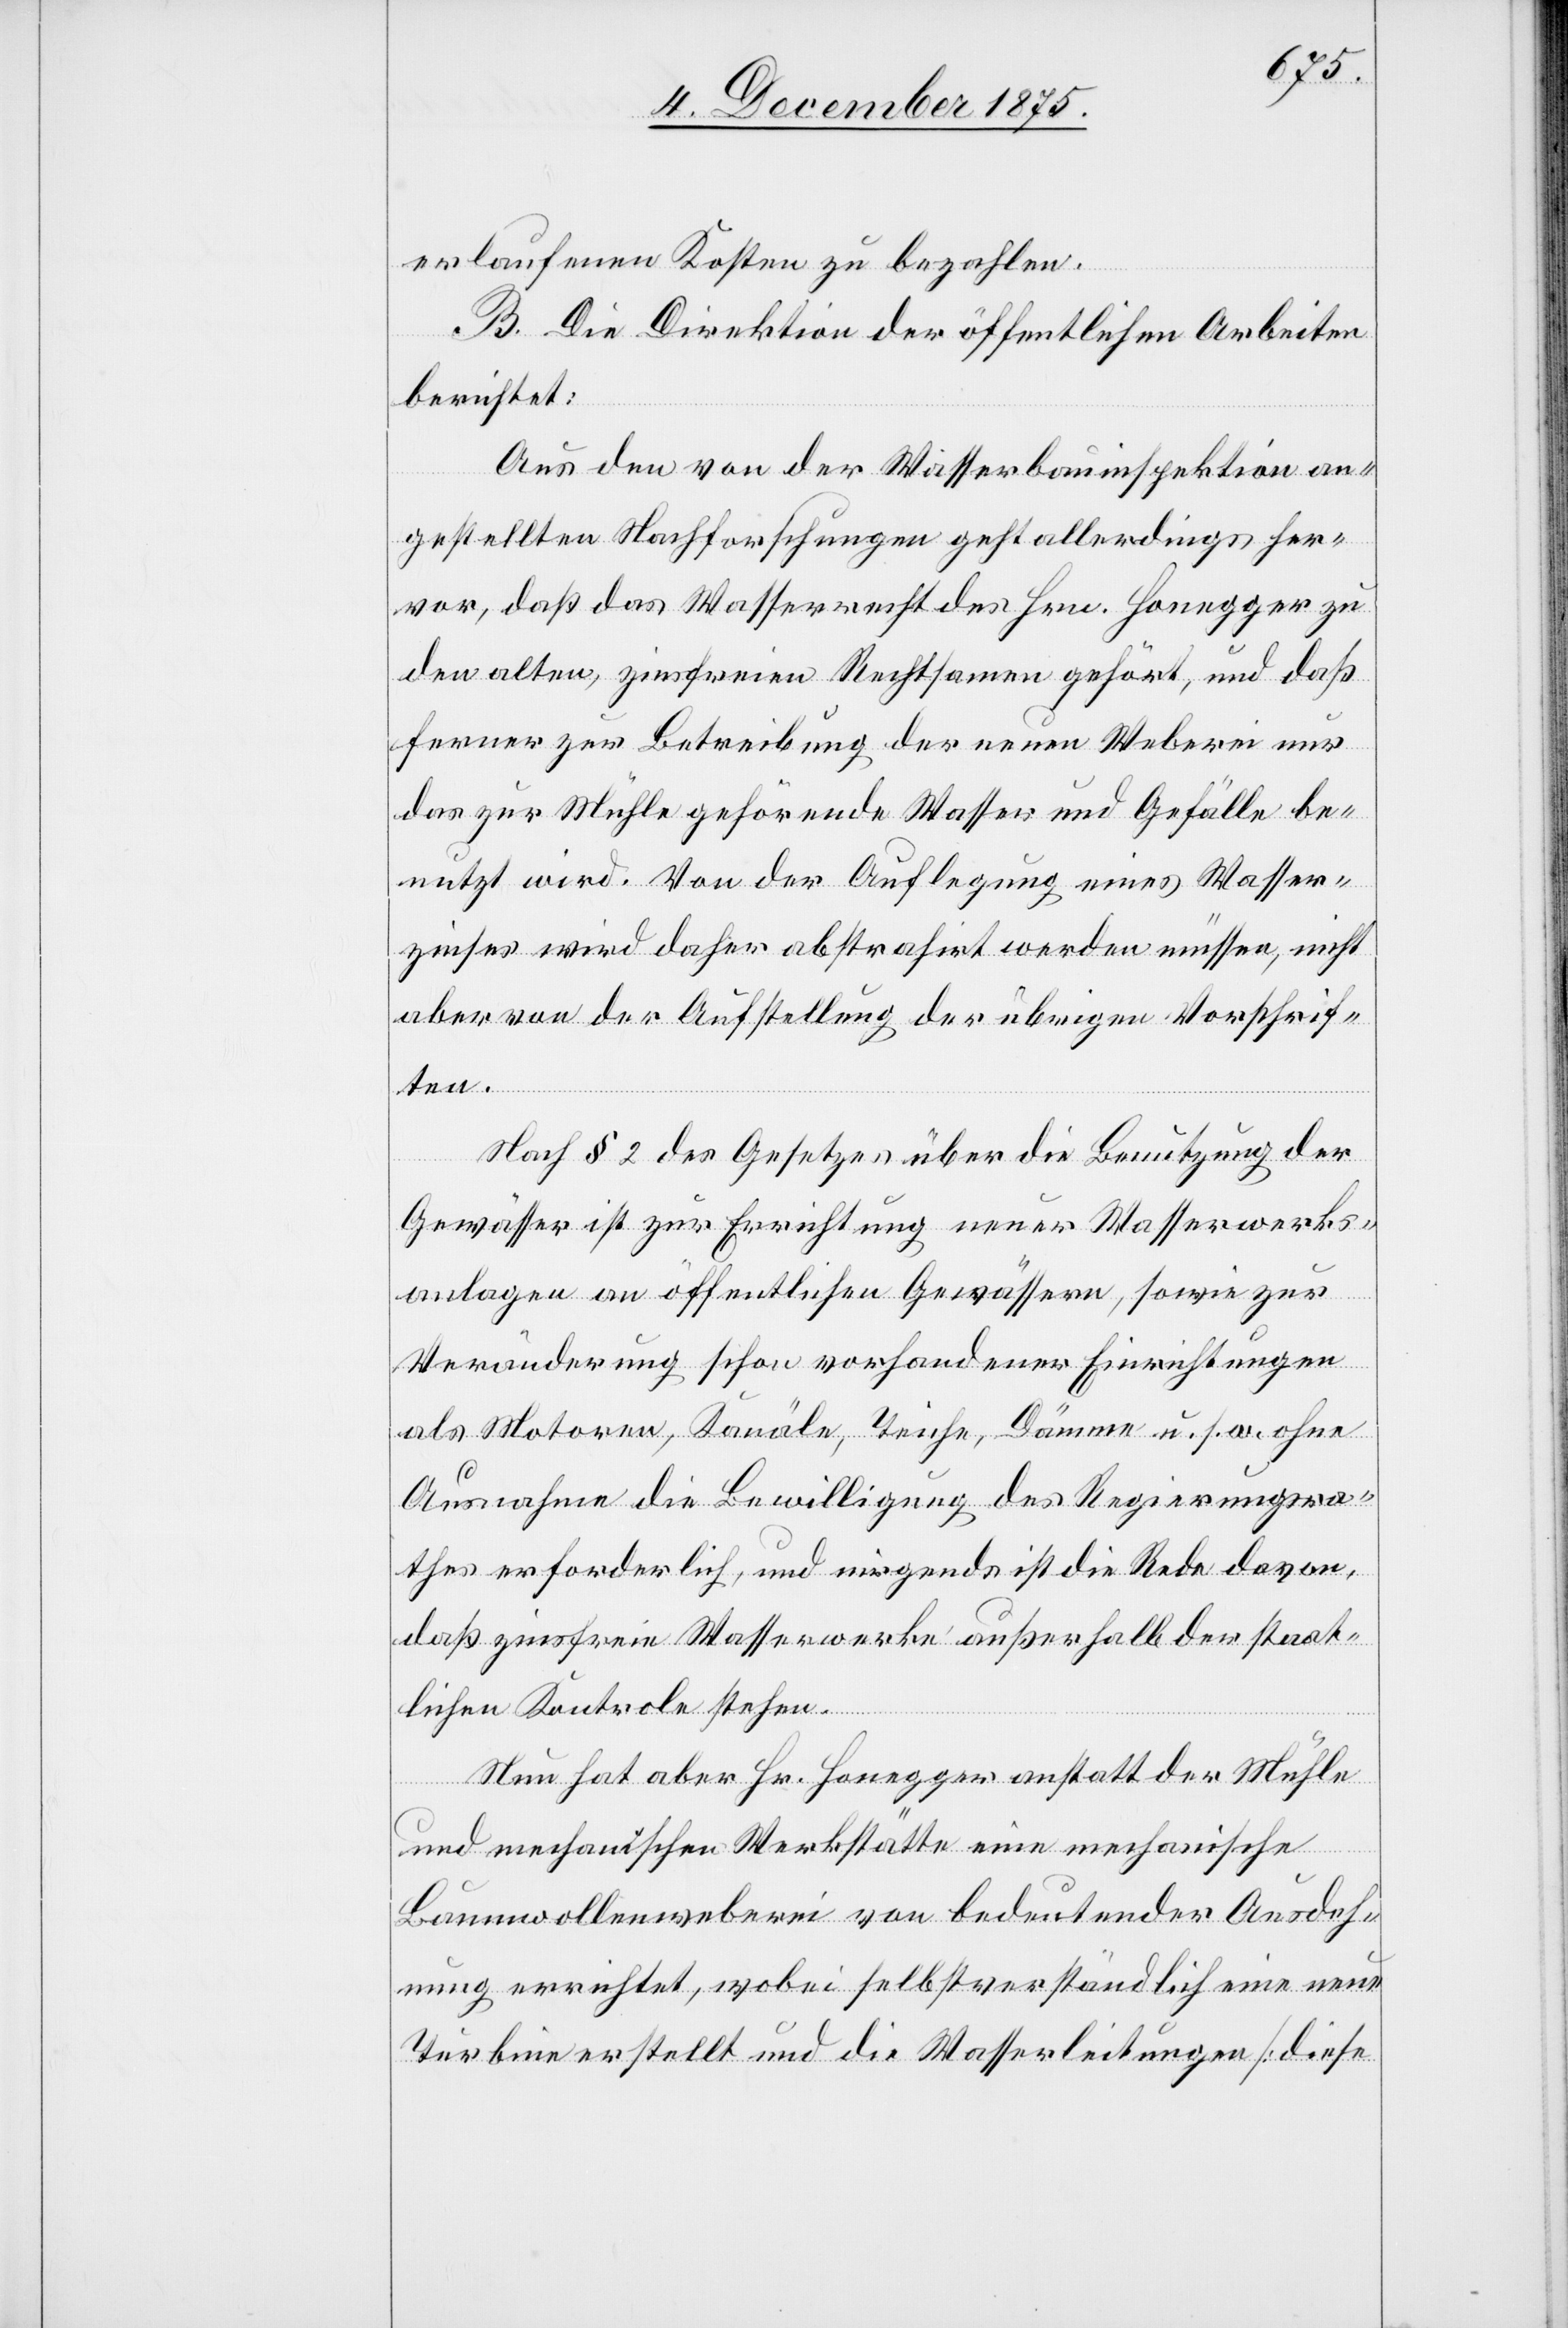
erlaufenen Kosten zu bezahlen.
B. Die Direktion der öffentlichen Arbeiten
berichtet:
Aus den von der Wasserbauinspektion an¬
gestellten Nachforschungen geht allerdings her¬
vor, daß das Wasserrecht des Hrn. Honegger zu
den alten, zinsfreien Rechtsamen gehört, und daß
ferner zur Betreibung der neuen Weberei nur
das zur Mühle gehörende Wasser und Gefälle be¬
nutzt wird. Von der Auflegung eines Wasser¬
zinses wird daher abstrahirt werden müssen, nicht
aber von der Aufstellung der übrigen Vorschrif¬
ten.
Nach § 2 des Gesetzes über die Benutzung der
Gewässer ist zur Errichtung neuer Wasserwerks¬
anlagen an öffentlichen Gewässern, sowie zur
Veränderung schon vorhandener Einrichtungen
als Motoren, Kanäle, Teiche, Dämme u. s. w. ohne
Ausnahme die Bewilligung des Regierungsra¬
thes erforderlich, und nirgends ist die Rede davon,
daß zinsfreie Wasserwerke außerhalb der staat¬
lichen Kontrole stehen.
Nun hat aber Hr. Honegger anstatt der Mühle
und mechanischen Werkstätte eine mechanische
Baumwollenweberei von bedeutender Ausdeh¬
nung errichtet, wobei selbstverständlich eine neue
Turbine erstellt und die Wasserleitungen [diese